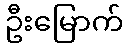
ဦးမြောက်